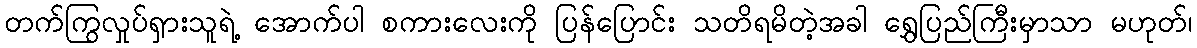
တက်ကြွလှုပ်ရှားသူရဲ့ အောက်ပါ စကားလေးကို ပြန်ပြောင်း သတိရမိတဲ့အခါ ရွှေပြည်ကြီးမှာသာ မဟုတ်၊